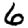
Digit: 6